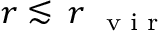
r \lesssim \, r _ { \mathrm { ~ \scriptsize ~ v ~ i ~ r ~ } }